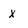
Character: X